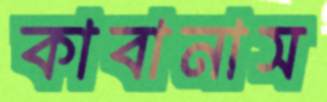
কাবানাস